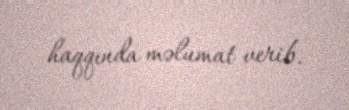
haqqında məlumat verib.